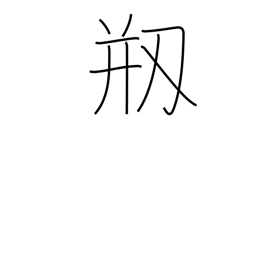
Meaning: be damaged